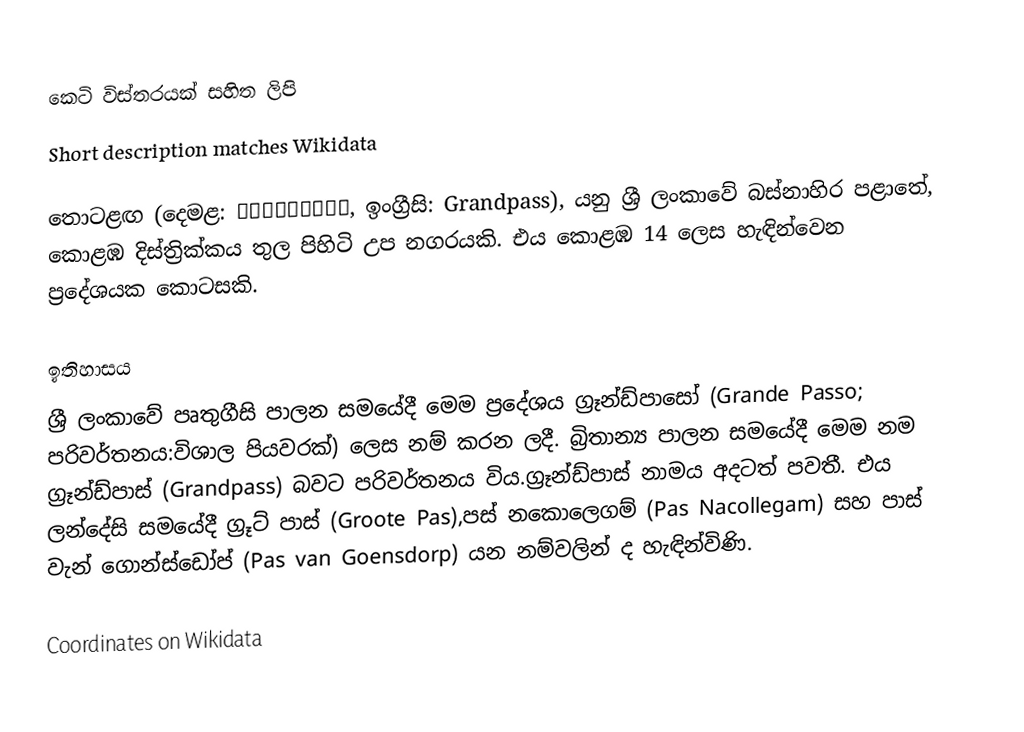
කෙටි විස්තරයක් සහිත ලිපි
Short description matches Wikidata

තොටළඟ (දෙමළ: பாலத்துறை, ඉංග්‍රීසි: Grandpass), යනු ශ්‍රී ලංකාවේ බස්නාහිර පළාතේ, කොළඹ දිස්ත්‍රික්කය තුල පිහිටි උප නගරයකි. එය කොළඹ 14 ලෙස හැඳින්වෙන ප්‍රදේශයක කොටසකි.

ඉතිහාසය
ශ්‍රී ලංකාවේ පෘතුගීසි පාලන සමයේදී මෙම ප්‍රදේශය ග්‍රෑන්ඩ්පාසෝ (Grande Passo; පරිවර්තනය:විශාල පියවරක්) ලෙස නම් කරන ලදී. බ්‍රිතාන්‍ය පාලන සමයේදී මෙම නම ග්‍රෑන්ඩ්පාස් (Grandpass) බවට පරිවර්තනය විය.ග්‍රෑන්ඩ්පාස් නාමය අදටත් පවතී. එය ලන්දේසි සමයේදී ග්‍රූට් පාස් (Groote Pas),පස් නකොලෙගම් (Pas Nacollegam) සහ පාස් වැන් ගොන්ස්ඩෝප් (Pas van Goensdorp) යන නම්වලින් ද හැඳින්විණි.

Coordinates on Wikidata